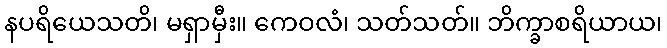
နပရိယေသတိ၊ မရှာမှီး။ ကေဝလံ၊ သတ်သတ်။ ဘိက္ခာစရိယာယ၊